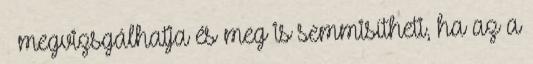
– megvizsgálhatja és meg is semmisítheti, ha az a